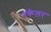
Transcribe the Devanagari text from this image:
धकेलर